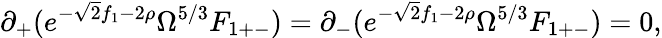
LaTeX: \partial_{+}(e^{-\sqrt{2}f_{1}-2\rho}\Omega^{5/3}F_{1+-})=\partial_{-}(e^{-\sqrt{2}f_{1}-2\rho}\Omega^{5/3}F_{1+-})=0,